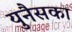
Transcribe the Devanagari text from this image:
युनैसका